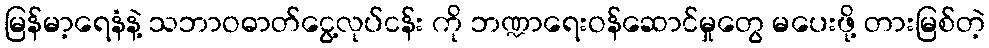
မြန်မာ့ရေနံနဲ့ သဘာဝဓာတ်ငွေ့လုပ်ငန်း ကို ဘဏ္ဍာရေးဝန်ဆောင်မှုတွေ မပေးဖို့ တားမြစ်တဲ့